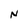
Character: N